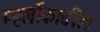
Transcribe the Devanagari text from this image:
म्हर्लोकातील